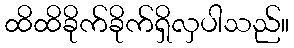
ထိထိခိုက်ခိုက်ရှိလှပါသည်။